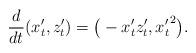
LaTeX: \begin{align*} \frac{d}{dt}(x'_{t},z'_{t})=\big(-x'_{t}z'_{t}, {x'_{t}}^{2}\big).\end{align*}